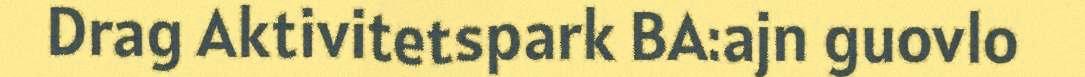
Drag Aktivitetspark BA:ajn guovlo